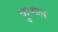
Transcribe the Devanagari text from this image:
कुफल